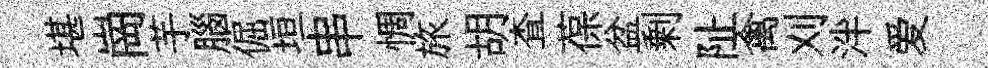
堪崗芋腦倔垣串惆旅胡查葆盆剰阯禽刈泮爱